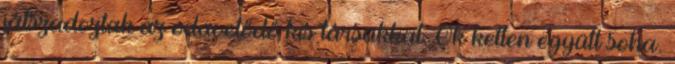
játszadoztak az odavetődő kis társakkal. Ők ketten együtt soha.